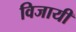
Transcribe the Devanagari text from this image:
विजायी